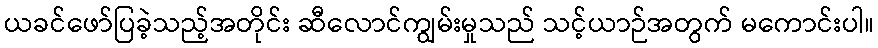
ယခင်ဖော်ပြခဲ့သည့်အတိုင်း ဆီလောင်ကျွမ်းမှုသည် သင့်ယာဉ်အတွက် မကောင်းပါ။